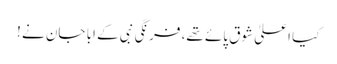
کیا اعلیٰ شوق پائے تھے، فرنگی نبی کے ابا جان نے !